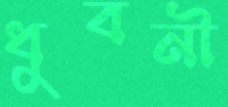
ধুবনী